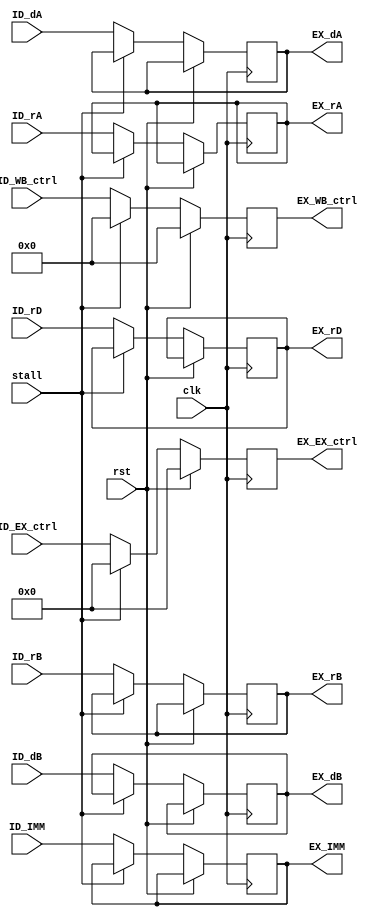
module ID_EX_reg(input [4:0]ID_rA,
				input [4:0]ID_rB,
				input [63:0]ID_dA,
				input [63:0]ID_dB,
				input [4:0]ID_rD,
				input [15:0]ID_IMM,
				input [15:0]ID_EX_ctrl,
				input [4:0]ID_WB_ctrl,
				output reg [4:0]EX_rA,
				output reg [4:0]EX_rB,
				output reg [63:0]EX_dA,
				output reg [63:0]EX_dB,
				output reg [4:0]EX_rD,
				output reg [15:0]EX_IMM,
				output reg [15:0]EX_EX_ctrl,
				output reg [4:0]EX_WB_ctrl,
				input clk,
				input rst,
				input stall);
	
	always @(posedge clk)
	begin
		if(rst)
		begin
			EX_EX_ctrl <= 0;
			EX_WB_ctrl <= 0;
		end
		else if(stall)
		begin
			EX_EX_ctrl <= 0;
			EX_WB_ctrl <= 0;
		end
		else
		begin
			EX_rA <= ID_rA;
			EX_rB <= ID_rB;
			EX_dA <= ID_dA;
			EX_dB <= ID_dB;
			EX_rD <= ID_rD;
			EX_IMM <= ID_IMM;
			EX_EX_ctrl <= ID_EX_ctrl;
			EX_WB_ctrl <= ID_WB_ctrl;
		end
	end	
	
endmodule